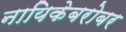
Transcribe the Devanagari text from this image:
नायिकेबरोबर